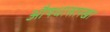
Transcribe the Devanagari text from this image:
औषधासारखा